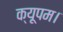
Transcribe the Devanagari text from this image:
क्यूपम।